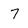
Character: 7